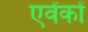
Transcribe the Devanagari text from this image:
एवेंकों